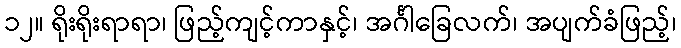
၁၂။ ရိုးရိုးရာရာ၊ ဖြည့်ကျင့်ကာနှင့်၊ အင်္ဂါခြေလက်၊ အပျက်ခံဖြည့်၊